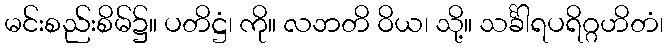
မင်းစည်းစိမ်၌။ ပတိဋ္ဌံ၊ ကို။ လဘတိ ဝိယ၊ သို့။ သင်္ခါရပရိဂ္ဂဟိတံ၊